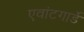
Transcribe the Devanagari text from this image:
एवांटगार्डे